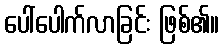
ပေါ်ပေါက်လာခြင်း ဖြစ်၏။